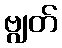
ဗျွတ်